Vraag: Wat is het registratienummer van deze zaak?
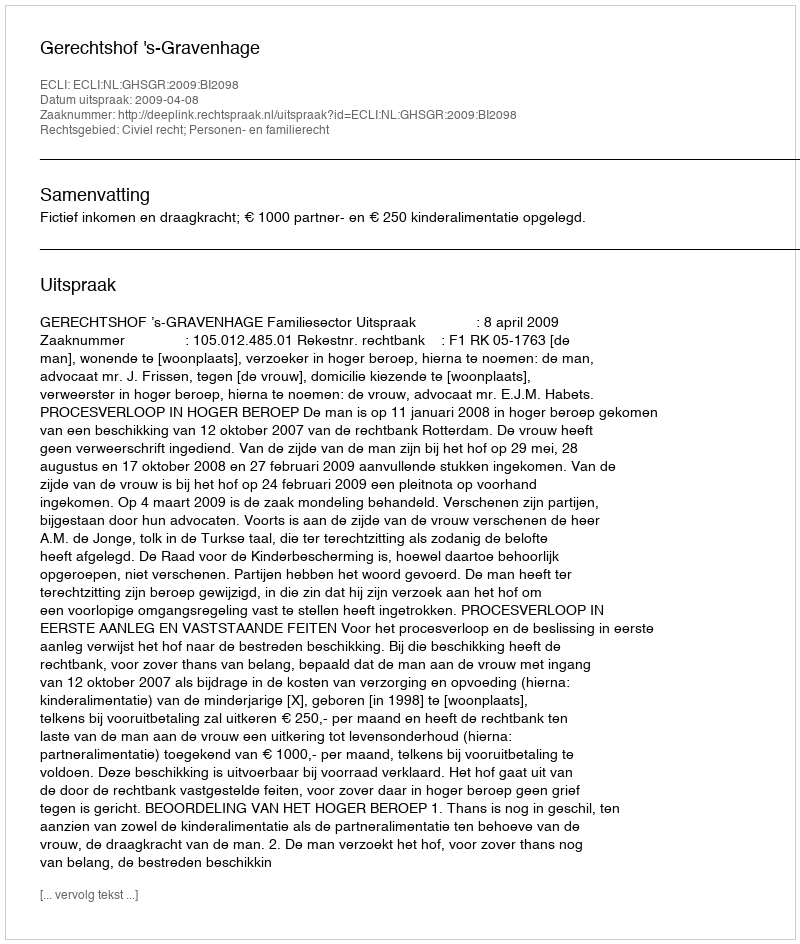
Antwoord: http://deeplink.rechtspraak.nl/uitspraak?id=ECLI:NL:GHSGR:2009:BI2098